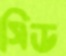
সিড